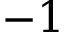
- 1